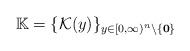
\begin{align*}\mathbb{K}=\{\mathcal{K}(y)\}_{y\in [0,\infty)^n\backslash \{\mathbf{ 0}\}}\end{align*}